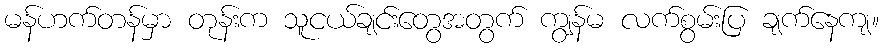
မန်ဟက်တန်မှာ တုန်းက သူငယ်ချင်းတွေအတွက် ကျွန်မ လက်စွမ်းပြ ချက်နေကျ။